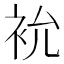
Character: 𮕯